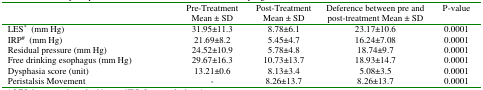
<table><thead><tr><td></td><td><b>Pre-TreatmentMean ± SD</b></td><td><b>Post-TreatmentMean ± SD</b></td><td><b>Deference between pre and post-treatment Mean ± SD</b></td><td><b>P-value</b></td></tr></thead><tbody><tr><td>LES<sup>*</sup> (mm Hg)</td><td>31.95±11.3</td><td>8.78±6.1</td><td>23.17±10.6</td><td>0.0001</td></tr><tr><td>IRP<sup>#</sup> (mm Hg)</td><td>21.69±8.2</td><td>5.45±4.7</td><td>16.24±7.08</td><td>0.0001</td></tr><tr><td>Residual pressure (mm Hg)</td><td>24.52±10.9</td><td>5.78±4.8</td><td>18.74±9.7</td><td>0.0001</td></tr><tr><td>Free drinking esophagus (mm Hg)</td><td>29.67±16.3</td><td>10.73±13.7</td><td>18.93±14.7</td><td>0.0001</td></tr><tr><td>Dysphasia score (unit)</td><td>13.21±0.6</td><td>8.13±3.4</td><td>5.08±3.5</td><td>0.0001</td></tr><tr><td>Peristalsis Movement</td><td>-</td><td>8.26±13.7</td><td>8.26±13.7</td><td>0.0001</td></tr></tbody></table>